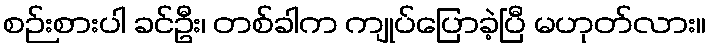
စဉ်းစားပါ ခင်ဦး၊ တစ်ခါက ကျုပ်ပြောခဲ့ပြီ မဟုတ်လား။